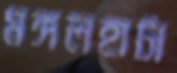
মঙ্গলহাটা